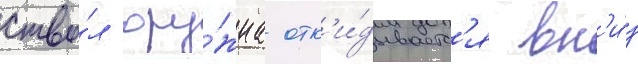
ство́л ору́жиа отк'и́дываетс'я вн'и́з